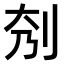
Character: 𠛘